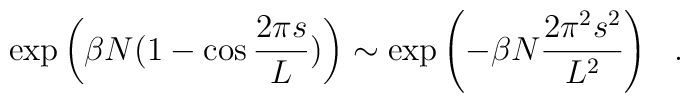
\exp \left(\beta N(1-\cos {2\pi s\over L})\right) \sim \exp\left(-\beta N {2 \pi^2 s^2\over L^2}\right)~~.